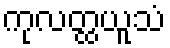
ကုလတ္ထယူသံ